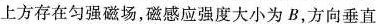
上方存在匀强磁场，磁感应强度大小为B，方向垂直于